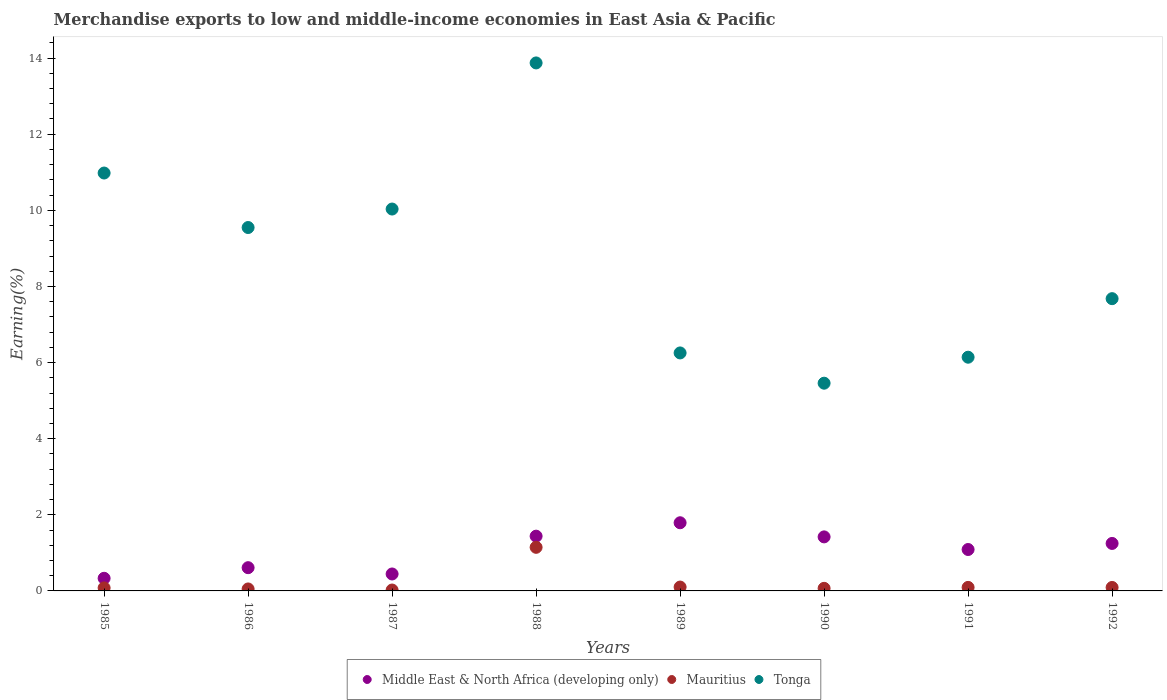
| Years | Middle East & North Africa (developing only) | Mauritius | Tonga |
 | --- | --- | --- | --- |
 | 1985 | 0.332 | 0.0795 | 11 |
 | 1986 | 0.611 | 0.0518 | 9.55 |
 | 1987 | 0.445 | 0.0237 | 10 |
 | 1988 | 1.44 | 1.15 | 13.9 |
 | 1989 | 1.79 | 0.102 | 6.25 |
 | 1990 | 1.42 | 0.0678 | 5.46 |
 | 1991 | 1.09 | 0.0927 | 6.14 |
 | 1992 | 1.25 | 0.091 | 7.68 |